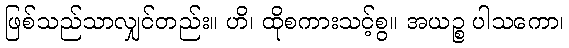
ဖြစ်သည်သာလျှင်တည်း။ ဟိ၊ ထိုစကားသင့်စွ။ အယဉ္စ ပါသကော၊